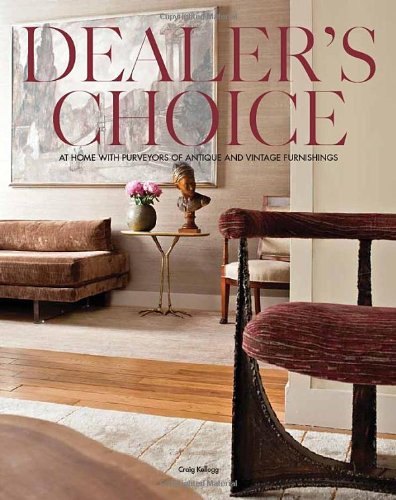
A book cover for Dealer's Choice: At Home With Purveyors Of Antique And Vintage Furnishings; Craig Kellogg; Crafts, Hobbies & Home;